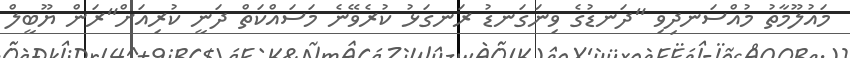
މައުލޫމާތު މުއްސަނދިވި "ދަނޑުގެ ވިނަގަނޑު ރަނގަޅު ކުރެވޭނެ މަސައްކަތް ދަނީ ކުރިއަށް"ރަން ޔޫބީލް